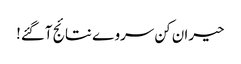
حیران کن سروے نتائج آگئے!